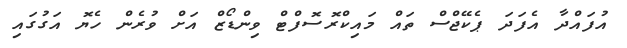
އުފައްދާ އެފަދަ ޕެކޭޖްސް ތައް މައިކްރޮސޮފްޓް ވިންޑޯޒް އަށް ވުރެން ހެޔޮ އަގުގައި